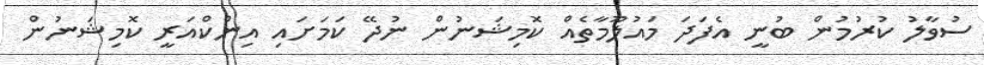
ސުވާލު ކުރުމުން ބުނީ އެފަދަ މައުލޫމާތެއް ކޮމިޝަނުން ނުދޭ ކަމަށައި އިންކްއަރީ ކޮމިޝަނުން